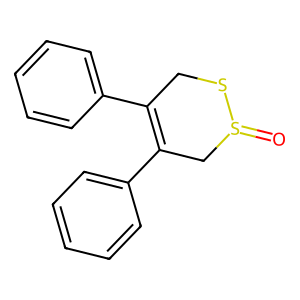
SMILES: O=S1CC(c2ccccc2)=C(c2ccccc2)CS1
Inhibits HIV replication: No